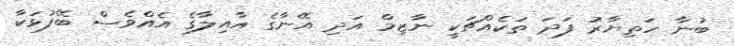
ބުނާ ހަތިޔާރު ފަދަ ތަކެއްޗަކީ ނާޒިމް އަދި އޭނާގެ އާއިލާގެ އެއްވެސް ބޭފުޅަކާ